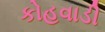
કોહવાડી